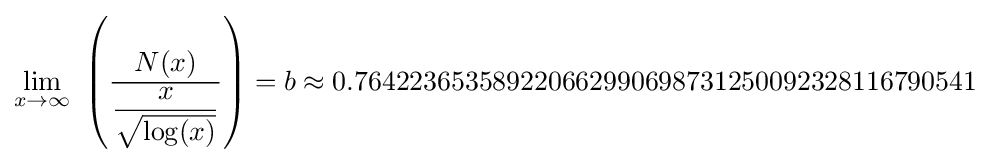
\lim _{x\rightarrow \infty }\ \left({\dfrac {N(x)}{\dfrac {x}{\sqrt {\log(x)}}}}\right)=b\approx 0.764223653589220662990698731250092328116790541